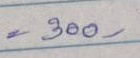
= 300